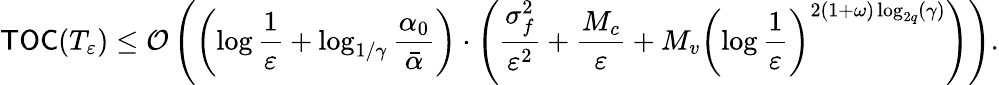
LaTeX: \mathsf{TOC}(T_{\varepsilon})\leq{\cal O}\left(\left(\log\frac{1}{\varepsilon}+\log_{1/\gamma}\frac{\alpha_{0}}{\bar{\alpha}}\right)\cdot\left(\frac{\sigma_{f}^{2}}{\varepsilon^{2}}+\frac{M_{c}}{\varepsilon}+{M_{v}}\left(\log\frac{1}{\varepsilon}\right)^{2(1+\omega)\log_{2q}(\gamma)}\right)\right).